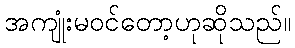
အကျုံးမဝင်တော့ဟုဆိုသည်။